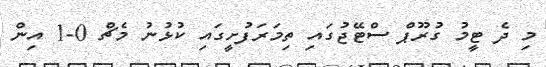
މި ދެ ޓީމު ގުރޫޕް ސްޓޭޖުގައި ތިމަރަފުށީގައި ކުޅުނު މެޗް 0-1 އިން